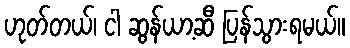
ဟုတ်တယ်၊ ငါ ဆွန်ယာ့ဆီ ပြန်သွားရမယ်။